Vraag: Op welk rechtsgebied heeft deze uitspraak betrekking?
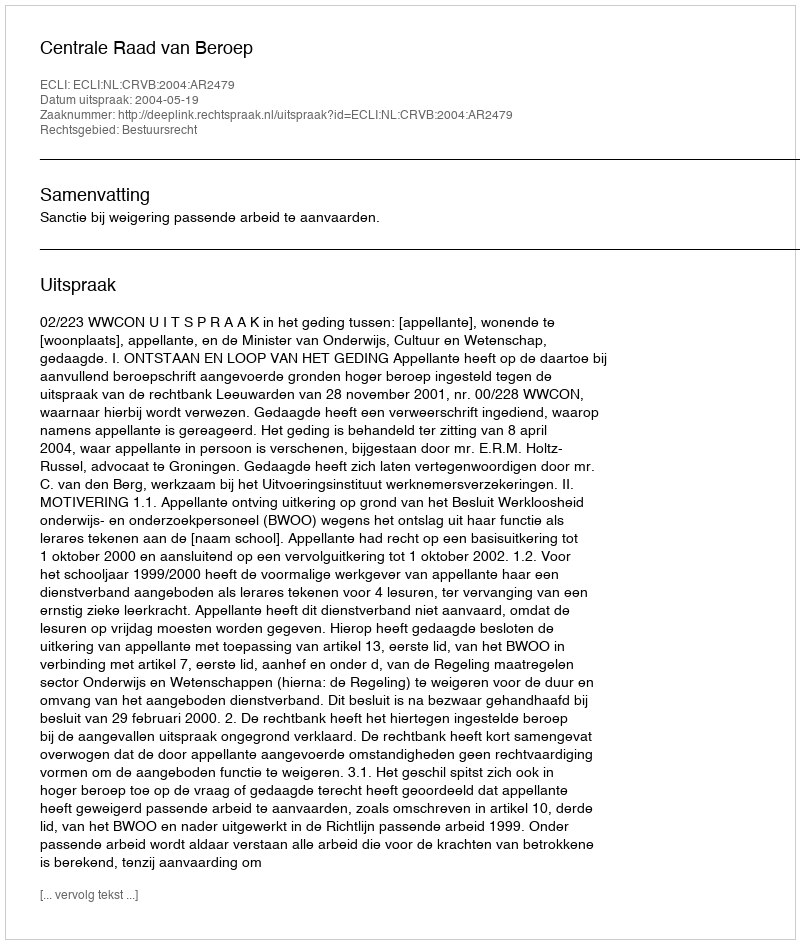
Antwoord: Bestuursrecht